Madras plague regulations in force outside the Presidency town - Volume 2
Disease focus: Plague
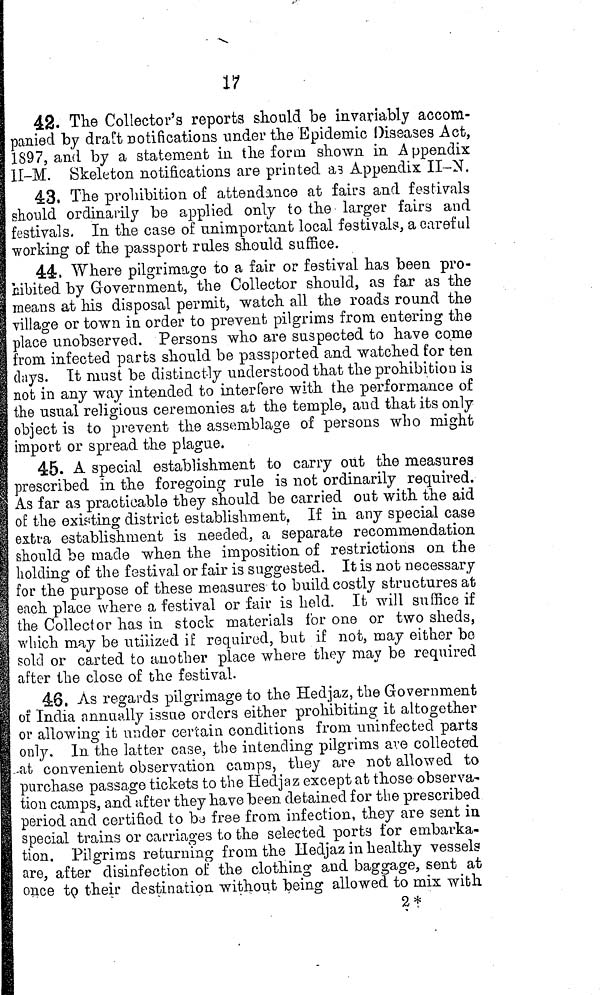
17
42. The Collector's reports should be invariably accom-
panied by draft notifications under the Epidemic Diseases Act,
1897, and by a statement in the form shown in Appendix
11-M. Skeleton notifications are printed as Appendix II-N.
43. The prohibition of attendance at fairs and festivals
should ordinarily be applied only to the larger fairs and
festivals. In the case of unimportant local festivals, a careful
working of the passport rules should suffice.
44. Where pilgrimage to a fair or festival has been pro-
Hibited by Government, the Collector should, as far as the
means at his disposal permit, watch all the roads round the
village or town in order to prevent pilgrims from entering the
place unobserved. Persons who are suspected to have come
from infected parts should be passported and watched for ten
days. It must be distinctly understood that the prohibition is
not in any way intended to interfere with the performance of
the usual religious ceremonies at the temple, and that its only
object is to prevent the assemblage of persons who might
I import or spread the plague.
!
45. A special establishment to carry out the measures
prescribed in the foregoing rule is not ordinarily required.
As far as practicable they should be carried out with the aid
of the existing district establishment. If in any special case
extra establishment is needed, a separate recommendation
should be made when the imposition of restrictions on the
holding of the festival or fair is suggested. It is not necessary
for the purpose of these measures to build costly structures at
each place where a festival or fair is held. It will suffice if
the Collector has in stock materials for one or two sheds,
which may be utilized if required, but if not, may either be
sold or carted to another place where they may be required
after the close of the festival.
48, As regards pilgrimage to the Hedjaz, the Government
of India annually issue orders either prohibiting it altogether
or allowing it under certain conditions from uninfected parts
only. In the latter case, the intending pilgrims ave collected
.4it convenient observation camps, they are not allowed to
purchase passage tickets to the Hedjaz except at those observa-
tion camps, and after they have been detained for the prescribed
period and certified to bd free from infection, they are sent in
special trains or carriages to the selected ports for embarka-
tion. Pilgrims returning from the IIedjaz in healthy vessels
are, after disinfection of the clothing and baggage, sent at
once tp their destination without being allowed to mix with
2*